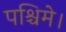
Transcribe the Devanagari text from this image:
पश्चिमे।